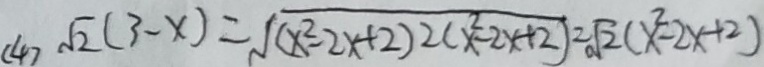
( 4 ) \sqrt { 2 } ( 3 - x ) = \sqrt { ( x ^ { 2 } - 2 x + 2 ) 2 ( x ^ { 2 } - 2 x + 2 ) } = \sqrt { 2 } ( x ^ { 2 } - 2 x + 2 )